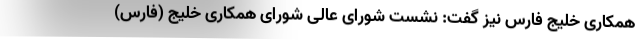
همکاری خلیج فارس نیز گفت: نشست شورای عالی شورای همکاری خلیج (فارس)